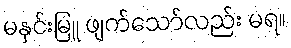
မနှင်းမြူ ဖျက်သော်လည်း မရ။